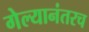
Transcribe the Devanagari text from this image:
गेल्यानंतरच